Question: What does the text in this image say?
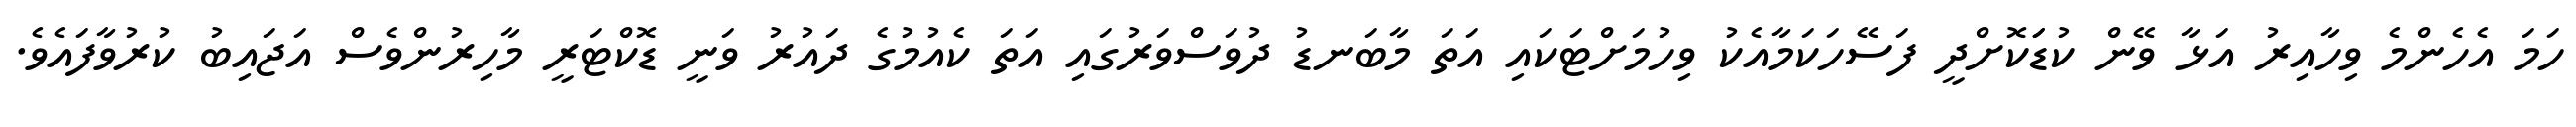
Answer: ހަމަ އެހެންމެ ވިހާއިރު އަޅާ ވޭން ކުޑަަކޮށްދީ ފަސޭހަކަމާއެކު ވިހުމަށްޓަކައި އަތަ މާބަނޑު ދުވަސްވަރުގައި އަތަ ކެއުމުގެ ދައުރު ވަނީ ޑޮކްޓަރީ މާހިރުންވެސް އަޖައިބު ކުރުވާފައެވެ.